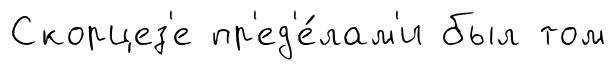
Скорцез'е пр'ед'е́лам'и был том